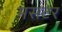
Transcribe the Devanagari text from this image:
मसटर